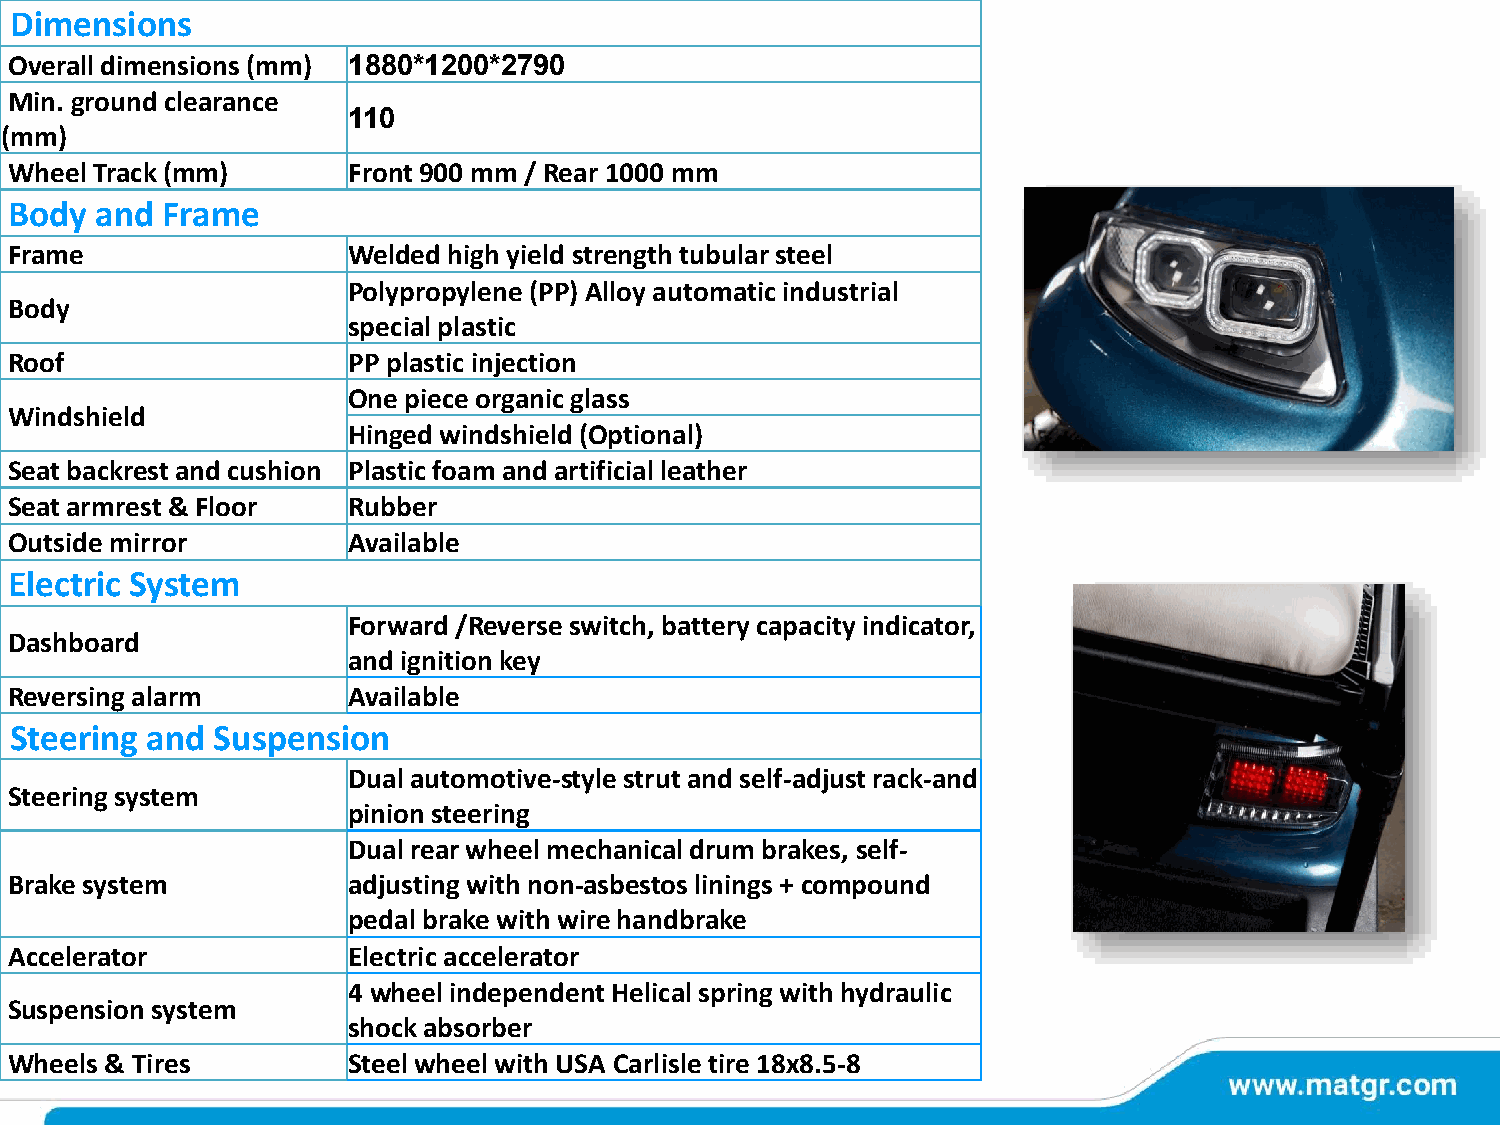
Dimensions
 Overall dimensions (mm) 1880*1200*2790
 Min. ground clearance
 110
 (mm)
 Wheel Track (mm)      Front 900 mm / Rear 1000 mm
 Body and  Frame
 Frame                 Welded high yield strength tubular steel
 Polypropylene (PP) Alloy automatic industrial
 Body
 special plastic
 Roof                  PP plastic injection
 One piece organic glass
 Windshield
 Hinged windshield (Optional)
 Seat backrest and cushion Plastic foam and artificial leather
 Seat armrest & Floor  Rubber
 Outside mirror        Available
 Electric System
 Forward /Reverse switch, battery capacity indicator,
 Dashboard
 and ignition key
 Reversing alarm       Available
 Steering and Suspension
 Dual automotive-style strut and self-adjust rack-and
 Steering system
 pinion steering
 Dual rear wheel mechanical drum brakes, self-
 Brake system          adjusting with non-asbestos linings + compound
 pedal brake with wire handbrake
 Accelerator           Electric accelerator
 4 wheel independent Helical spring with hydraulic
 Suspension system
 shock absorber
 Wheels & Tires        Steel wheel with USA Carlisle tire 18x8.5-8